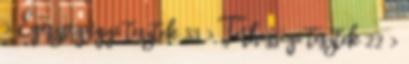
› Egészségügyi tesztek 33 › Terhességi tesztek 22 ›